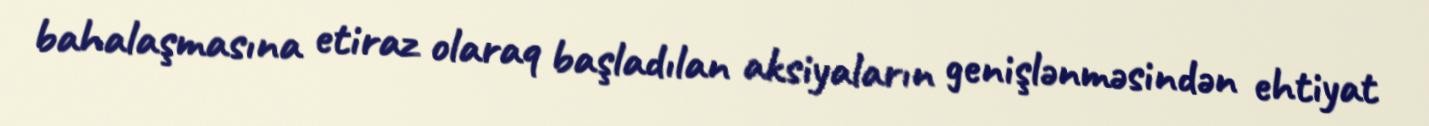
bahalaşmasına etiraz olaraq başladılan aksiyaların genişlənməsindən ehtiyat